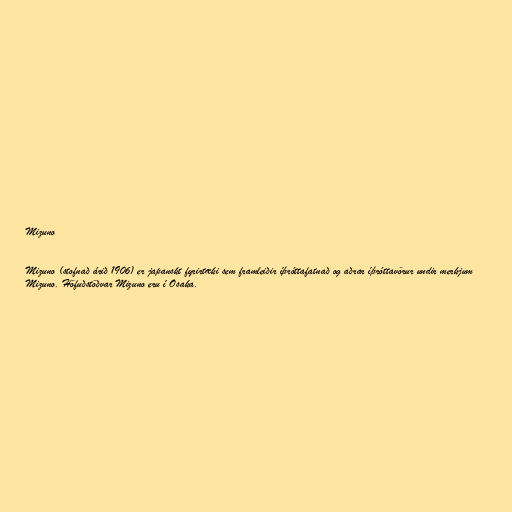
Mizuno

Mizuno (stofnað árið 1906) er japanskt fyrirtæki sem framleiðir íþróttafatnað og aðrar íþróttavörur undir merkjum
Mizuno. Höfuðstöðvar Mizuno eru í Osaka.